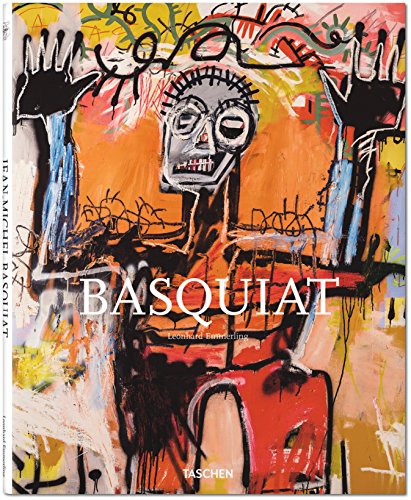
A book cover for Basquiat; Leonhard Emmerling; Arts & Photography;